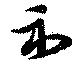
示